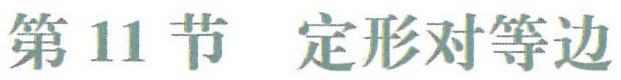
第11节 定形对等边